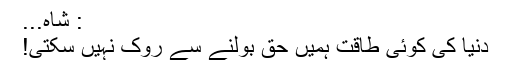
: شاہ...
دنیا کی کوئی طاقت ہمیں حق بولنے سے روک نہیں سکتی!